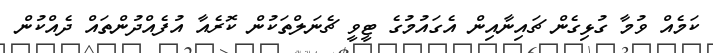
ކަމެއް ވުމާ ގުޅިގެން ޗައިނާއިން އެގައުމުގެ ޓީވީ ޗެނަލްތަކުން ކޮރެއާ އުފެއްދުންތައް ދެއްކުން